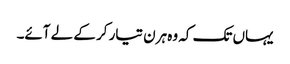
یہاں تک کہ وہ ہرن تیار کر کے لے آئے۔